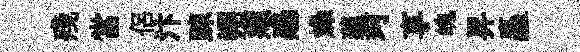
殘當侣汴踈朔頫感燥蘊珂享魄昇矗